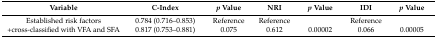
| Variable | C-Index | p Value | NRI | p Value | IDI | p Value |
 | --- | --- | --- | --- | --- | --- | --- |
 | Established risk factors | 0.784 (0.716–0.853) | Reference | Reference |  | Reference |  |
 | +cross-classified with VFA and SFA | 0.817 (0.753–0.881) | 0.075 | 0.612 | 0.00002 | 0.066 | 0.00005 |